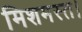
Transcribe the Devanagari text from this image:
मिशमस्त।